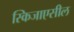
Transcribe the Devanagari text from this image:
स्किजाएसील